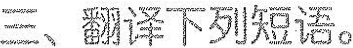
三、翻译下列短语。